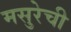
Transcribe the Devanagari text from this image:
मसुरेची